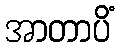
အာတာပိံ